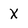
Character: X